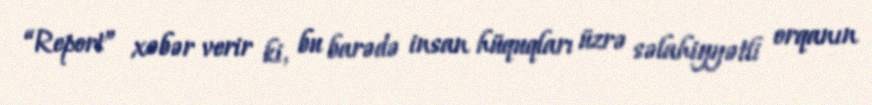
“Report” xəbər verir ki, bu barədə insan hüquqları üzrə səlahiyyətli orqanın